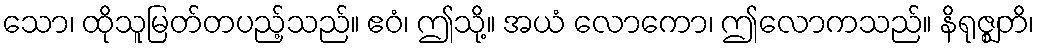
သော၊ ထိုသူမြတ်တပည့်သည်။ ဧဝံ၊ ဤသို့။ အယံ လောကော၊ ဤလောကသည်။ နိရုဇ္ဈတိ၊